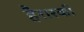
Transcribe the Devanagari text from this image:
हैरारकी